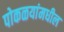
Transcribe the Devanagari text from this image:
पोकळयांमधील